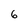
Character: 6